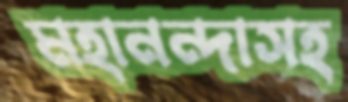
মহানন্দাসহ